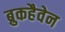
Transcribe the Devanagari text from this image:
ब्रुकहैवेन